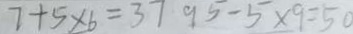
7 + 5 \times 6 = 3 7 9 5 - 5 \times 9 = 5 0